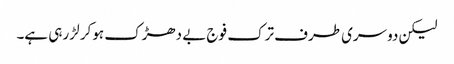
لیکن دوسری طرف ترک فوج بے دھڑک ہوکر لڑ رہی ہے۔